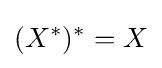
(X^{*})^{*}=X